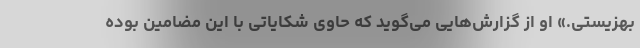
بهزیستی.» او از گزارش‌هایی می‌گوید که حاوی شکایاتی با این مضامین بوده